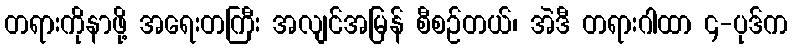
တရားကိုနာဖို့ အရေးတကြီး အလျင်အမြန် စီစဉ်တယ်၊ အဲဒီ တရားဂါထာ ၄-ပုဒ်က